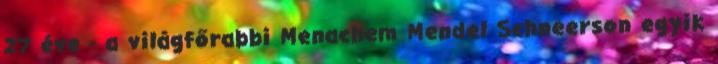
27 éve - a világfőrabbi Menachem Mendel Schneerson egyik